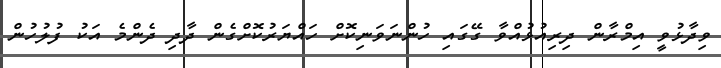
ވިދާޅުވީ އިމްރާން ދިރިއުޅުއްވާ ގޭގައި ހުންނަވަނިކޮށް ހައްޔަރުކޮށްގެން ދާދި ދެންމެ އަކު ފުލުހުން